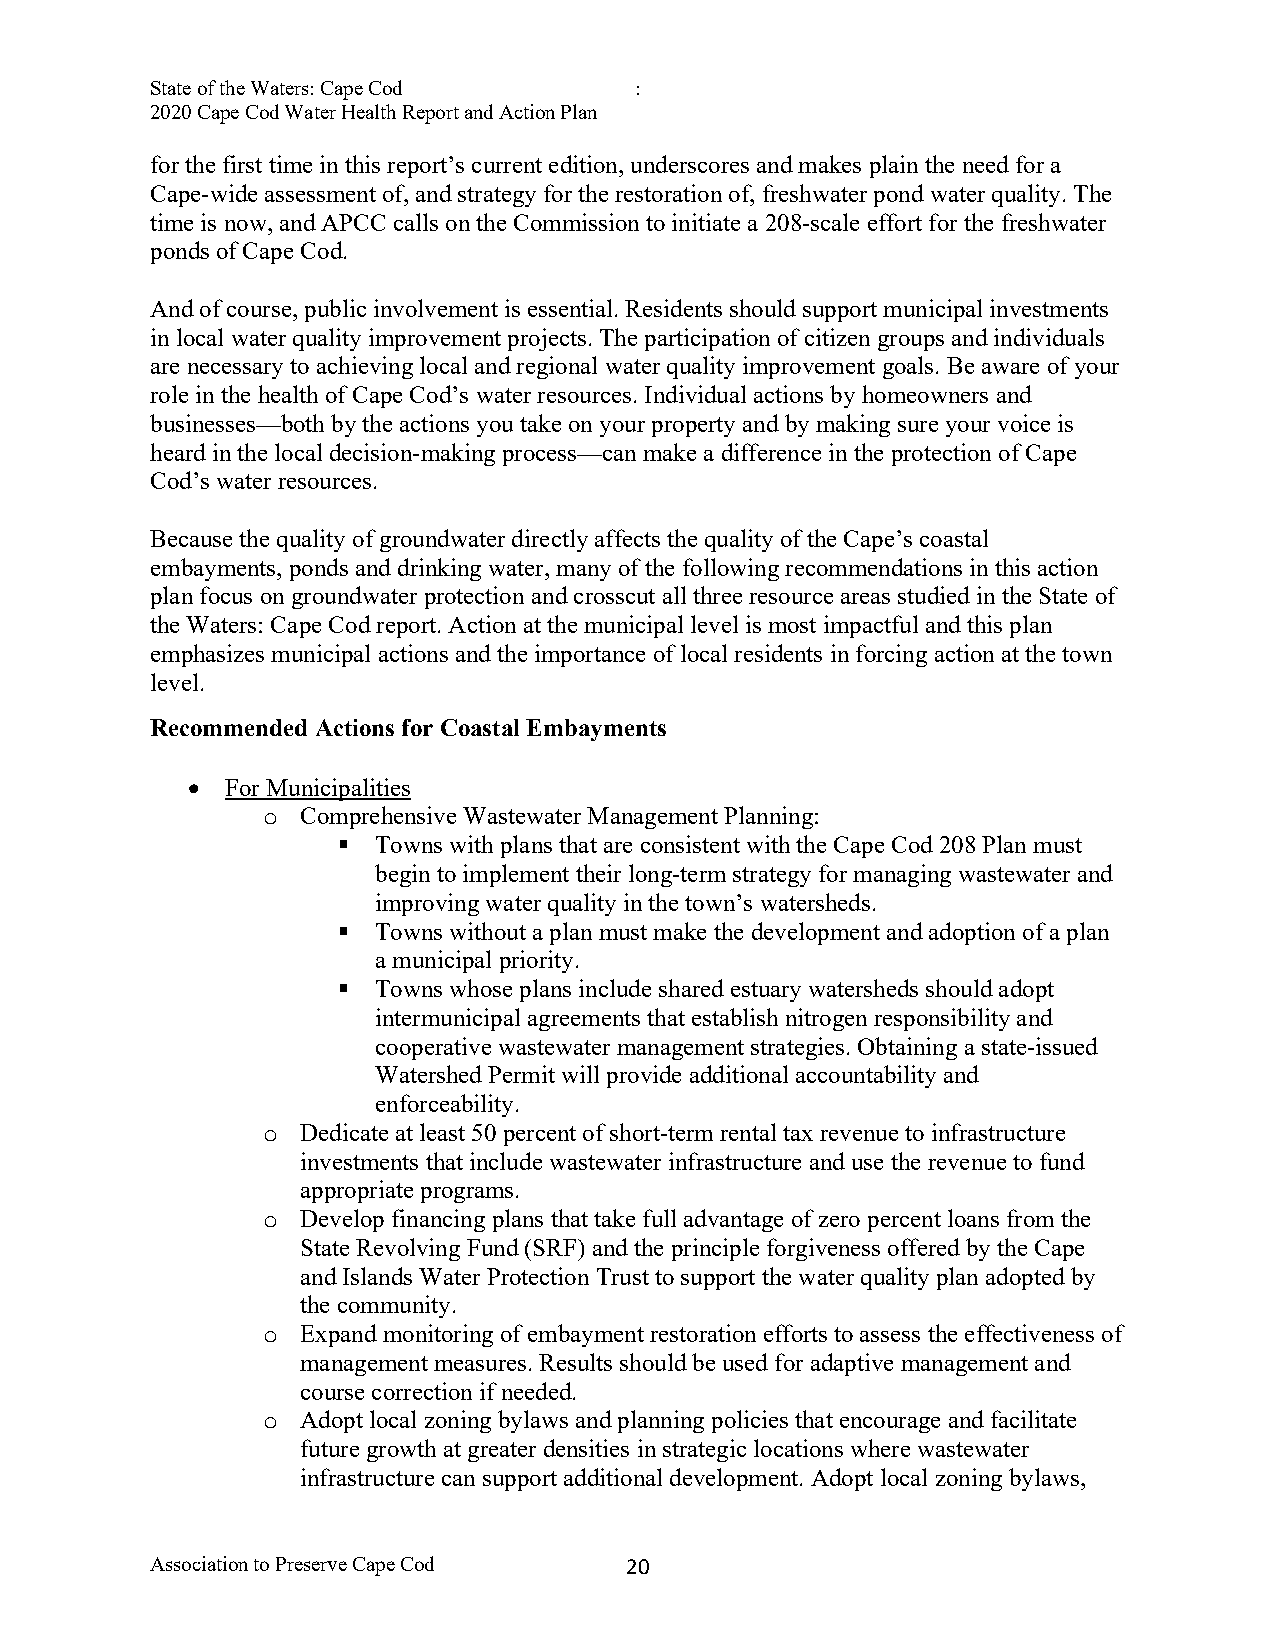
State of the Waters: Cape Cod   :
 2020 Cape Cod Water Health Report and Action Plan
 for the first time in this report’s current edition, underscores and makes plain the need for a
 Cape-wide assessment of, and strategy for the restoration of, freshwater pond water quality. The
 time is now, and APCC calls on the Commission to initiate a 208-scale effort for the freshwater
 ponds of Cape Cod.
 And of course, public involvement is essential. Residents should support municipal investments
 in local water quality improvement projects. The participation of citizen groups and individuals
 are necessary to achieving local and regional water quality improvement goals. Be aware of your
 role in the health of Cape Cod’s water resources. Individual actions by homeowners and
 businesses—both by the actions you take on your property and by making sure your voice is
 heard in the local decision-making process—can make a difference in the protection of Cape
 Cod’s water resources.
 Because the quality of groundwater directly affects the quality of the Cape’s coastal
 embayments, ponds and drinking water, many of the following recommendations in this action
 plan focus on groundwater protection and crosscut all three resource areas studied in the State of
 the Waters: Cape Cod report. Action at the municipal level is most impactful and this plan
 emphasizes municipal actions and the importance of local residents in forcing action at the town
 level.
 Recommended Actions for Coastal Embayments
 •  For Municipalities
 o  Comprehensive Wastewater Management Planning:
 §  Towns with plans that are consistent with the Cape Cod 208 Plan must
 begin to implement their long-term strategy for managing wastewater and
 improving water quality in the town’s watersheds.
 §  Towns without a plan must make the development and adoption of a plan
 a municipal priority.
 §  Towns whose plans include shared estuary watersheds should adopt
 intermunicipal agreements that establish nitrogen responsibility and
 cooperative wastewater management strategies. Obtaining a state-issued
 Watershed Permit will provide additional accountability and
 enforceability.
 o  Dedicate at least 50 percent of short-term rental tax revenue to infrastructure
 investments that include wastewater infrastructure and use the revenue to fund
 appropriate programs.
 o  Develop financing plans that take full advantage of zero percent loans from the
 State Revolving Fund (SRF) and the principle forgiveness offered by the Cape
 and Islands Water Protection Trust to support the water quality plan adopted by
 the community.
 o  Expand monitoring of embayment restoration efforts to assess the effectiveness of
 management measures. Results should be used for adaptive management and
 course correction if needed.
 o  Adopt local zoning bylaws and planning policies that encourage and facilitate
 future growth at greater densities in strategic locations where wastewater
 infrastructure can support additional development. Adopt local zoning bylaws,
 Association to Preserve Cape Cod 2 0